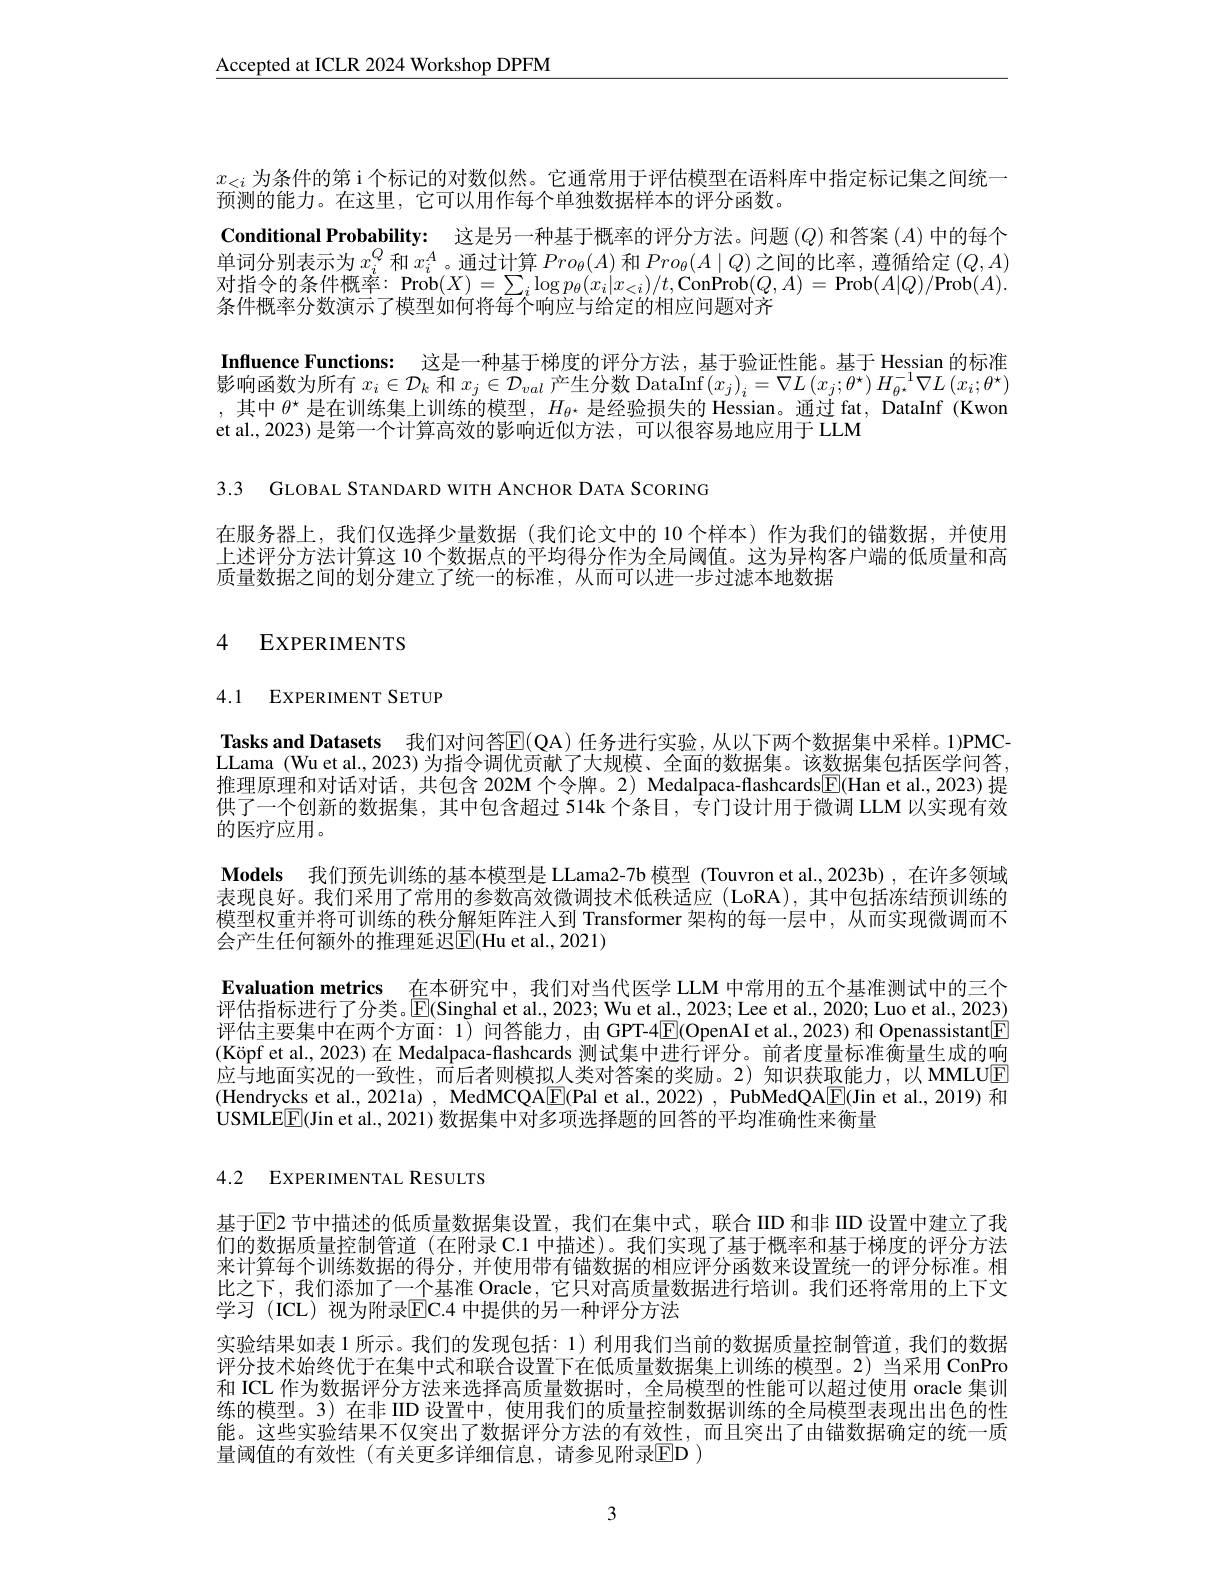
$\underline{\mathrm{Accepted~at~ICLR~2024~Workshop~DPFM}}$

$x_{<i}$为条件的第 i 个标记的对数似然。它通常用于评估模型在语料库中指定标记集之间统一
预测的能力。在这里，它可以用作每个单独数据样本的评分函数。
Conditional Probability: 这是另一种基于概率的评分方法。问题$(Q)$和答案$(A)$中的每个单词分别表示为$x_i^Q$和$x_i^A$。通过计算$Pro_\theta(A)$和$Pro_\theta(A\mid Q)$之间的比率，遵循给定$(Q,A)$ 对指令的条件概率：Prob$(X)=\sum_i\log p_\theta(x_i|x_{<i})/t$,ConProb$(Q,A)=$ Prob$(A|Q)/$Prob$(A).$ 条件概率分数演示了模型如何将每个响应与给定的相应问题对齐
Influence Functions: 这是一种基于梯度的评分方法，基于验证性能。基于 Hessian 的标准影响函数为所有$x_i\in\mathcal{D}_k$和$x_j\in\mathcal{D}_val$产生分数 DataInf$\left(x_j\right)_i=\nabla L\left(x_j;\theta^\star\right)H_{\theta^\star}^{-1}\nabla L\left(x_i;\theta^\star\right)$ ,其中$\theta^\star$是在训练集上训练的模型，$H_\theta^{\star}$是经验损失的 Hessian。通过 fat, DataInf (Kwon et al., 2023) 是第一个计算高效的影响近似方法，可以很容易地应用于 LLM

3.3 GLOBAL STANDARD WITH ANCHOR DATA SCORING

在服务器上，我们仅选择少量数据(我们论文中的 10 个样本)作为我们的锚数据，并使用上述评分方法计算这 10 个数据点的平均得分作为全局阈值。这为异构客户端的低质量和高质量数据之间的划分建立了统一的标准，从而可以进一步过滤本地数据

# 4 EXPERIMENTS

# 4.1 EXPERIMENT SETUP

Tasks and Datasets 我们对问答E(QA) 任务进行实验，从以下两个数据集中采样。1)PMCLLama (Wu et al., 2023) 为指令调优贡献了大规模、全面的数据集。该数据集包括医学问答推理原理和对话对话，共包含 202M 个令牌。2) Medalpaca-flashcards[E(Han et al., 2023) 提供了一个创新的数据集，其中包含超过 514k 个条目，专门设计用于微调 LLM 以实现有效的医疗应用。
Models 我们预先训练的基本模型是 LLama2-7b 模型 (Touvron et al.,2023b) ,在许多领域表现良好。我们采用了常用的参数高效微调技术低秩适应 (LoRA),其中包括冻结预训练的模型权重并将可训练的秩分解矩阵注人到 Transformer 架构的每一层中，从而实现微调而不会产生任何额外的推理延迟E(Hu et al., 2021)
Evaluation metrics 在本研究中，我们对当代医学 LLM 中常用的五个基准测试中的三个评估指标进行了分类。$\overline{\mathrm{E}}($Singhal et al., 2023; Wu et al., 2023; Lee et al., 2020; Luo et al., 2023) 评估主要集中在两个方面：1) 问答能力，由 GPT-4$\boxed{\mathrm{E}}($OpenAI et al.,2023) 和 Openassistant[F] (Köpf et al., 2023) 在 Medalpaca-flashcards 测试集中进行评分。前者度量标准衡量生成的响应与地面实况的一致性，而后者则模拟人类对答案的奖励。2)知识获取能力，以 MMLUE (Hendrycks et al., 202la) , MedMCQA$\boxed{\mathrm{E}}($Pal et al., 2022) , PubMedQA$\boxed{\mathrm{F}}($Jin et al., 2019) 和USMLE$\underline{\mathrm{E}}($Jin et al., 2021) 数据集中对多项选择题的回答的平均准确性来衡量

4.2 EXPERIMENTAL RESULTS

基于$\overline{\mathrm{E}}$2 节中描述的低质量数据集设置，我们在集中式，联合 IID 和非 IID 设置中建立了我们的数据质量控制管道 (在附录 C.1 中描述)。我们实现了基于概率和基于梯度的评分方法来计算每个训练数据的得分，并使用带有错数据的相应评分函数来设置统一的评分标准。相比之下，我们添加了一个基准 Oracle,它只对高质量数据进行培训。我们还将常用的上下文学习(ICL)视为附录EC. 4 中提供的另一种评分方法
实验结果如表 1 所示。我们的发现包括：1) 利用我们当前的数据质量控制管道，我们的数据评分技术始终优于在集中式和联合设置下在低质量数据集上训练的模型。2)当采用 ConPro 和 ICL 作为数据评分方法来选择高质量数据时，全局模型的性能可以超过使用 oracle 集训练的模型。3) 在非 IID 设置中，使用我们的质量控制数据训练的全局模型表现出出色的性能。这些实验结果不仅突出了数据评分方法的有效性，而且突出了由锚数据确定的统一质量阈值的有效性(有关更多详细信息，请参见附录ED )

3